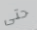
حتى